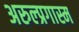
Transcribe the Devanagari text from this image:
अरुल्प्रगास्म